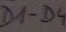
Text: D1-D4